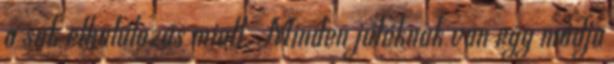
a sok elhalálozás miatt. Minden játéknak van egy módja